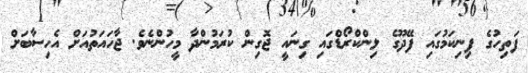
ފަތިހުގެ ފިނިކަމުގައި ފޭދޫގެ ލިންކްރޯޑްގައި ގިނައީ ޖޮގިން ކުރަމުންދާ މީހުންނެވެ. ޖާހައަތުއަށް އެހިސާބަށް